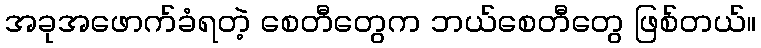
အခုအဖောက်ခံရတဲ့ စေတီတွေက ဘယ်စေတီတွေ ဖြစ်တယ်။